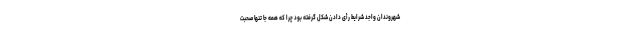
شهروندان واجد شرایط رأی دادن شکل گرفته بود چرا که همه جا تنها صحبت